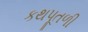
કથપૂતળી